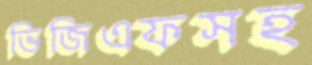
ভিজিএফসহ